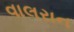
વાલરાન